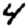
Digit: 4